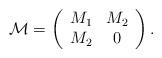
LaTeX: \begin{align*}{\cal M}=\left( \begin{array}{cc}M_1 & M_2 \\M_2 & 0 \end{array} \right).\end{align*}